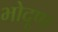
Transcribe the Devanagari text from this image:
भोदूण